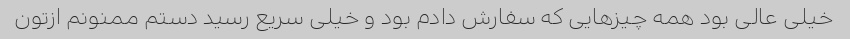
خیلی عالی بود همه چیزهایی که سفارش دادم بود و خیلی سریع رسید دستم ممنونم ازتون